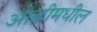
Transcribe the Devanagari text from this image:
ओळीमधील